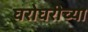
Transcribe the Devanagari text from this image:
घरोघरीच्या